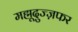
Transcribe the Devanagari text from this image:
मह्मूदुज्ज़फर